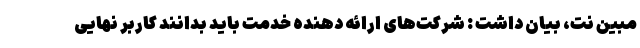
مبین نت، بیان داشت : شرکت‌های ارائه دهنده خدمت باید بدانند کاربر نهایی